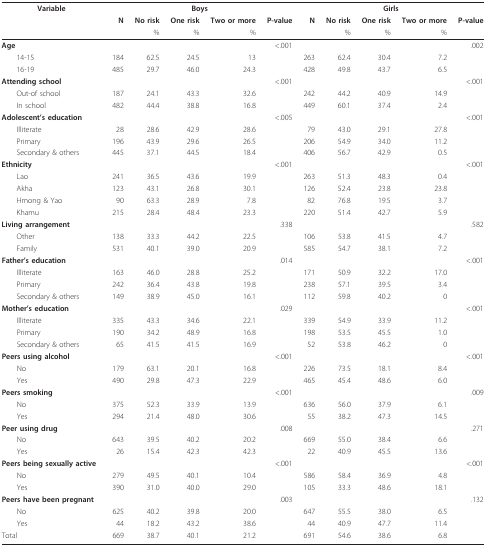
<table><thead><tr><td><b>Variable</b></td><td colspan="5"><b>Boys</b></td><td colspan="5"><b>Girls</b></td></tr><tr><td></td><td><b>N</b></td><td><b>No risk</b></td><td><b>One risk</b></td><td><b>Two or more</b></td><td><b>P-value</b></td><td><b>N</b></td><td><b>No risk</b></td><td><b>One risk</b></td><td><b>Two or more</b></td><td><b>P-value</b></td></tr><tr><td></td><td></td><td><b>%</b></td><td><b>%</b></td><td><b>%</b></td><td></td><td></td><td><b>%</b></td><td><b>%</b></td><td><b>%</b></td><td></td></tr></thead><tbody><tr><td><b>Age</b></td><td></td><td></td><td></td><td></td><td>&lt;.001</td><td></td><td></td><td></td><td></td><td>.002</td></tr><tr><td> 14-15</td><td>184</td><td>62.5</td><td>24.5</td><td>13</td><td></td><td>263</td><td>62.4</td><td>30.4</td><td>7.2</td><td></td></tr><tr><td> 16-19</td><td>485</td><td>29.7</td><td>46.0</td><td>24.3</td><td></td><td>428</td><td>49.8</td><td>43.7</td><td>6.5</td><td></td></tr><tr><td><b>Attending school</b></td><td></td><td></td><td></td><td></td><td>&lt;.001</td><td></td><td></td><td></td><td></td><td>&lt;.001</td></tr><tr><td> Out-of school</td><td>187</td><td>24.1</td><td>43.3</td><td>32.6</td><td></td><td>242</td><td>44.2</td><td>40.9</td><td>14.9</td><td></td></tr><tr><td> In school</td><td>482</td><td>44.4</td><td>38.8</td><td>16.8</td><td></td><td>449</td><td>60.1</td><td>37.4</td><td>2.4</td><td></td></tr><tr><td><b>Adolescent&#x27;s education</b></td><td></td><td></td><td></td><td></td><td>&lt;.005</td><td></td><td></td><td></td><td></td><td>&lt;.001</td></tr><tr><td> Illiterate</td><td>28</td><td>28.6</td><td>42.9</td><td>28.6</td><td></td><td>79</td><td>43.0</td><td>29.1</td><td>27.8</td><td></td></tr><tr><td> Primary</td><td>196</td><td>43.9</td><td>29.6</td><td>26.5</td><td></td><td>206</td><td>54.9</td><td>34.0</td><td>11.2</td><td></td></tr><tr><td> Secondary &amp; others</td><td>445</td><td>37.1</td><td>44.5</td><td>18.4</td><td></td><td>406</td><td>56.7</td><td>42.9</td><td>0.5</td><td></td></tr><tr><td><b>Ethnicity</b></td><td></td><td></td><td></td><td></td><td>&lt;.001</td><td></td><td></td><td></td><td></td><td>&lt;.001</td></tr><tr><td> Lao</td><td>241</td><td>36.5</td><td>43.6</td><td>19.9</td><td></td><td>263</td><td>51.3</td><td>48.3</td><td>0.4</td><td></td></tr><tr><td> Akha</td><td>123</td><td>43.1</td><td>26.8</td><td>30.1</td><td></td><td>126</td><td>52.4</td><td>23.8</td><td>23.8</td><td></td></tr><tr><td> Hmong &amp; Yao</td><td>90</td><td>63.3</td><td>28.9</td><td>7.8</td><td></td><td>82</td><td>76.8</td><td>19.5</td><td>3.7</td><td></td></tr><tr><td> Khamu</td><td>215</td><td>28.4</td><td>48.4</td><td>23.3</td><td></td><td>220</td><td>51.4</td><td>42.7</td><td>5.9</td><td></td></tr><tr><td><b>Living arrangement</b></td><td></td><td></td><td></td><td></td><td>.338</td><td></td><td></td><td></td><td></td><td>.582</td></tr><tr><td> Other</td><td>138</td><td>33.3</td><td>44.2</td><td>22.5</td><td></td><td>106</td><td>53.8</td><td>41.5</td><td>4.7</td><td></td></tr><tr><td> Family</td><td>531</td><td>40.1</td><td>39.0</td><td>20.9</td><td></td><td>585</td><td>54.7</td><td>38.1</td><td>7.2</td><td></td></tr><tr><td><b>Father&#x27;s education</b></td><td></td><td></td><td></td><td></td><td>.014</td><td></td><td></td><td></td><td></td><td>&lt;.001</td></tr><tr><td> Illiterate</td><td>163</td><td>46.0</td><td>28.8</td><td>25.2</td><td></td><td>171</td><td>50.9</td><td>32.2</td><td>17.0</td><td></td></tr><tr><td> Primary</td><td>242</td><td>36.4</td><td>43.8</td><td>19.8</td><td></td><td>238</td><td>57.1</td><td>39.5</td><td>3.4</td><td></td></tr><tr><td> Secondary &amp; others</td><td>149</td><td>38.9</td><td>45.0</td><td>16.1</td><td></td><td>112</td><td>59.8</td><td>40.2</td><td>0</td><td></td></tr><tr><td><b>Mother&#x27;s education</b></td><td></td><td></td><td></td><td></td><td>.029</td><td></td><td></td><td></td><td></td><td>&lt;.001</td></tr><tr><td> Illiterate</td><td>335</td><td>43.3</td><td>34.6</td><td>22.1</td><td></td><td>339</td><td>54.9</td><td>33.9</td><td>11.2</td><td></td></tr><tr><td> Primary</td><td>190</td><td>34.2</td><td>48.9</td><td>16.8</td><td></td><td>198</td><td>53.5</td><td>45.5</td><td>1.0</td><td></td></tr><tr><td> Secondary &amp; others</td><td>65</td><td>41.5</td><td>41.5</td><td>16.9</td><td></td><td>52</td><td>53.8</td><td>46.2</td><td>0</td><td></td></tr><tr><td><b>Peers using alcohol</b></td><td></td><td></td><td></td><td></td><td>&lt;.001</td><td></td><td></td><td></td><td></td><td>&lt;.001</td></tr><tr><td> No</td><td>179</td><td>63.1</td><td>20.1</td><td>16.8</td><td></td><td>226</td><td>73.5</td><td>18.1</td><td>8.4</td><td></td></tr><tr><td> Yes</td><td>490</td><td>29.8</td><td>47.3</td><td>22.9</td><td></td><td>465</td><td>45.4</td><td>48.6</td><td>6.0</td><td></td></tr><tr><td><b>Peers smoking</b></td><td></td><td></td><td></td><td></td><td>&lt;.001</td><td></td><td></td><td></td><td></td><td>.009</td></tr><tr><td> No</td><td>375</td><td>52.3</td><td>33.9</td><td>13.9</td><td></td><td>636</td><td>56.0</td><td>37.9</td><td>6.1</td><td></td></tr><tr><td> Yes</td><td>294</td><td>21.4</td><td>48.0</td><td>30.6</td><td></td><td>55</td><td>38.2</td><td>47.3</td><td>14.5</td><td></td></tr><tr><td><b>Peer using drug</b></td><td></td><td></td><td></td><td></td><td>.008</td><td></td><td></td><td></td><td></td><td>.271</td></tr><tr><td> No</td><td>643</td><td>39.5</td><td>40.2</td><td>20.2</td><td></td><td>669</td><td>55.0</td><td>38.4</td><td>6.6</td><td></td></tr><tr><td> Yes</td><td>26</td><td>15.4</td><td>42.3</td><td>42.3</td><td></td><td>22</td><td>40.9</td><td>45.5</td><td>13.6</td><td></td></tr><tr><td><b>Peers being sexually active</b></td><td></td><td></td><td></td><td></td><td>&lt;.001</td><td></td><td></td><td></td><td></td><td>&lt;.001</td></tr><tr><td> No</td><td>279</td><td>49.5</td><td>40.1</td><td>10.4</td><td></td><td>586</td><td>58.4</td><td>36.9</td><td>4.8</td><td></td></tr><tr><td> Yes</td><td>390</td><td>31.0</td><td>40.0</td><td>29.0</td><td></td><td>105</td><td>33.3</td><td>48.6</td><td>18.1</td><td></td></tr><tr><td><b>Peers have been pregnant</b></td><td></td><td></td><td></td><td></td><td>.003</td><td></td><td></td><td></td><td></td><td>.132</td></tr><tr><td> No</td><td>625</td><td>40.2</td><td>39.8</td><td>20.0</td><td></td><td>647</td><td>55.5</td><td>38.0</td><td>6.5</td><td></td></tr><tr><td> Yes</td><td>44</td><td>18.2</td><td>43.2</td><td>38.6</td><td></td><td>44</td><td>40.9</td><td>47.7</td><td>11.4</td><td></td></tr><tr><td>Total</td><td>669</td><td>38.7</td><td>40.1</td><td>21.2</td><td></td><td>691</td><td>54.6</td><td>38.6</td><td>6.8</td><td></td></tr></tbody></table>